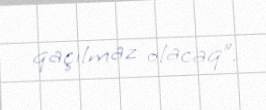
qaçılmaz olacaq”.